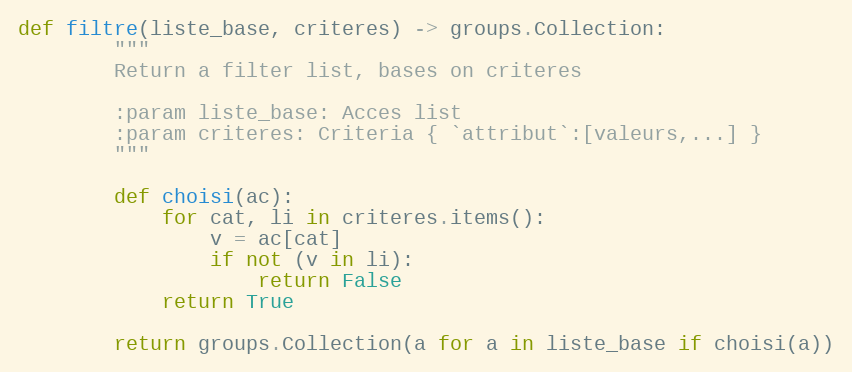
Language: Python
def filtre(liste_base, criteres) -> groups.Collection:
        """
        Return a filter list, bases on criteres

        :param liste_base: Acces list
        :param criteres: Criteria { `attribut`:[valeurs,...] }
        """

        def choisi(ac):
            for cat, li in criteres.items():
                v = ac[cat]
                if not (v in li):
                    return False
            return True

        return groups.Collection(a for a in liste_base if choisi(a))